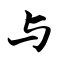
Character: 与